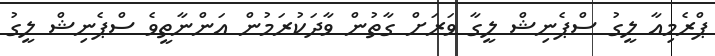
ޕްރެމިއާ ލީގު ސްޕެނިޝް ލީގާ ވަރަށް ގާތުން ވާދަކުރަމުން އަންނާތީވެ ސްޕެނިޝް ލީގު